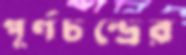
পূর্ণচন্দ্রের